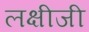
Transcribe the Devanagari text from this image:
लक्षीजी